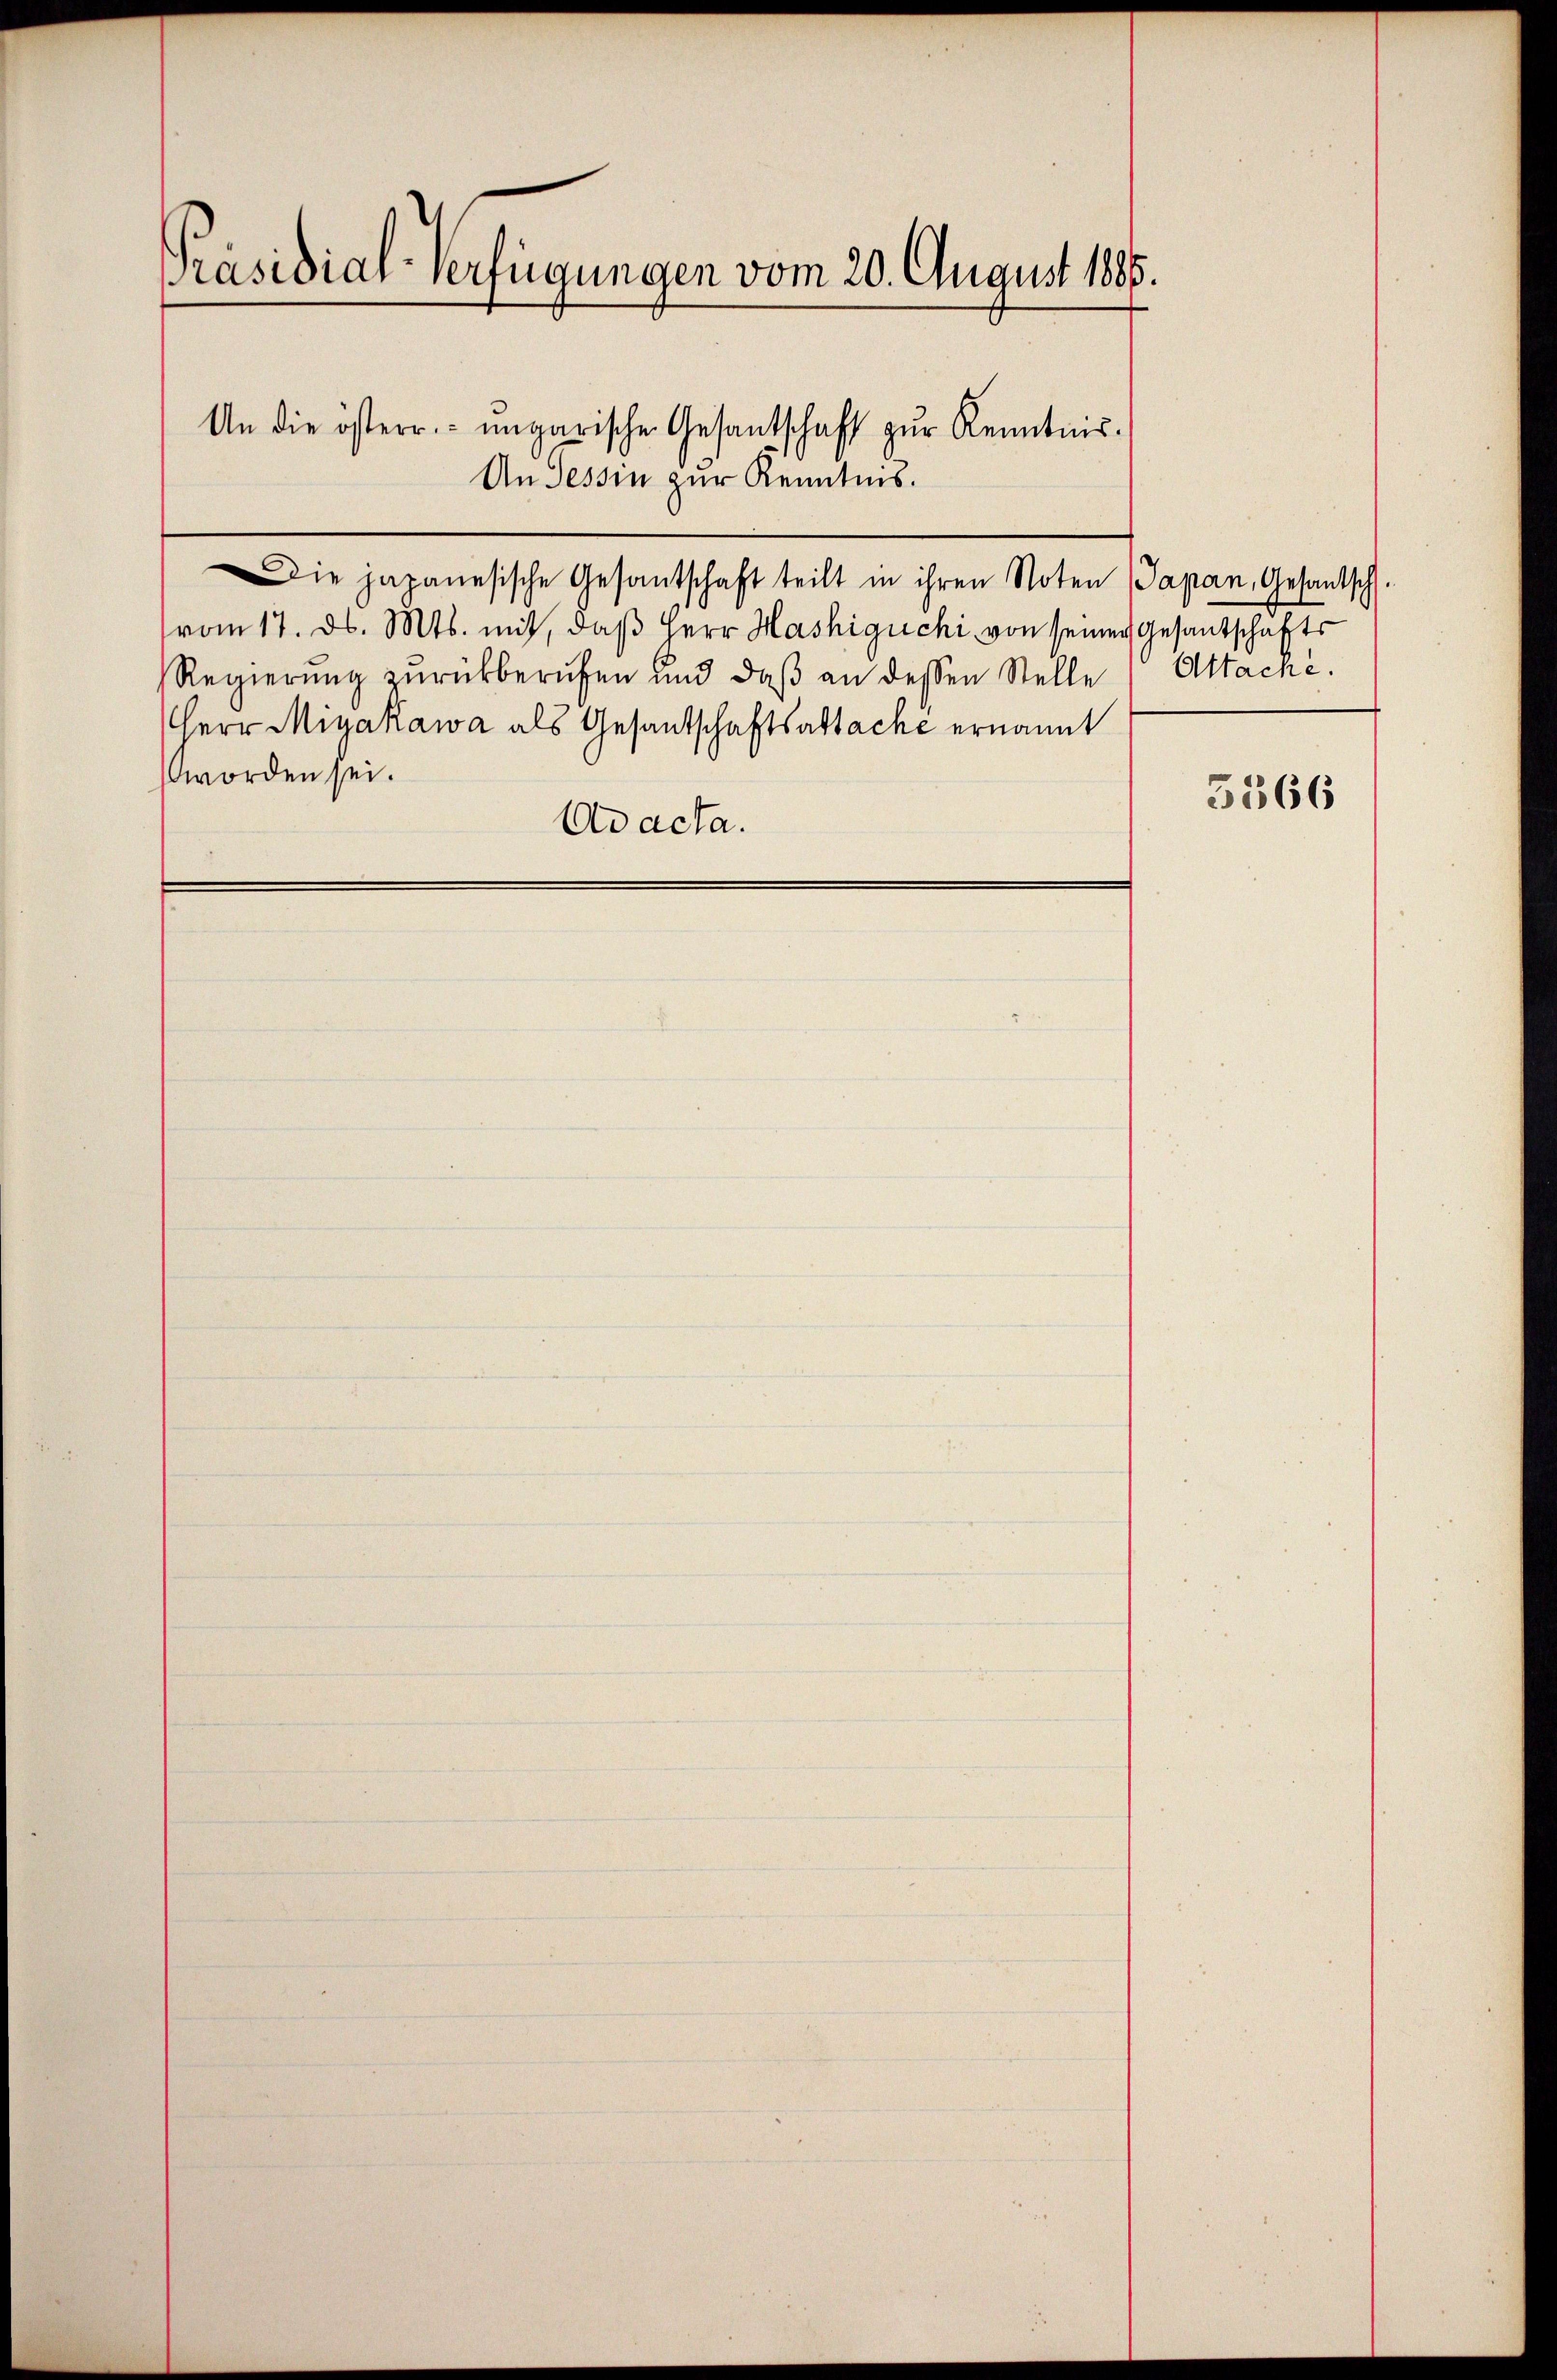
Präsidial-Verfügungen vom 20. August 1885.
An die österr. ungarische Gesantschaft zur Kenntnis¬
An Tessin zur Kenntnis.

Die japanesische Gesantschaft teilt in ihren Noten Japan, Gesantsch.
(vom 17. ds. Mts. mit, daβ Herr Hashigüchi von seiner Gesantschafts
Regierung zurückberufen und daβ an dessen Stelle Attache.
Herr Miyakawa als Gesantschaftsattache ernannt
worden sei.
Ad acta.

5566